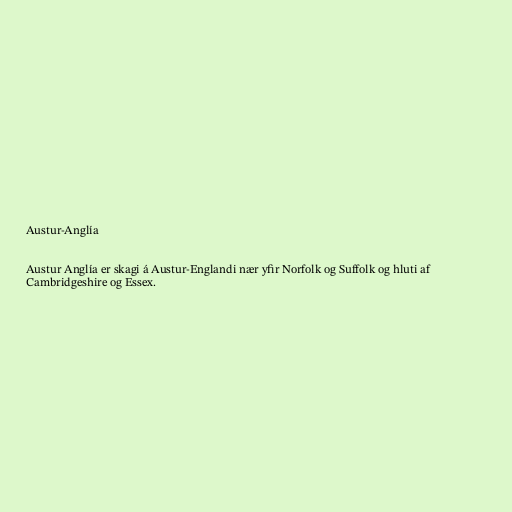
Austur-Anglía

Austur Anglía er skagi á Austur-Englandi nær yfir Norfolk og Suffolk og hluti af
Cambridgeshire og Essex.